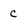
Character: c